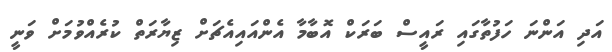
އަދި އަންނަ ހަފުތާގައި ރައީސް ބަރަކް އޮބާމާ އެންއައިއެޗަށް ޒިޔާރަތް ކުރެއްވުމަށް ވަނީ